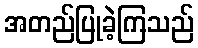
အတည်ပြုခဲ့ကြသည်